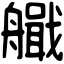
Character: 艥